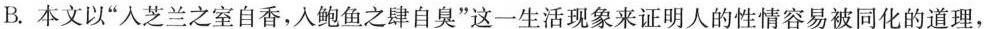
B.本文以”人芝兰之室自香，入鲍鱼之肆自臭”这一生活现象来证明人的性情容易被同化的道理，